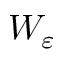
W _ { \varepsilon }